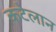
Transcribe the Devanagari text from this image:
कटेलान